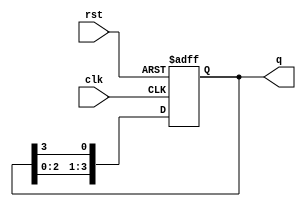
module RingCounter (
  input wire clk,
  input wire rst,
  output reg [3:0] q
);

always @(posedge clk or posedge rst) begin
  if (rst) begin
    q <= 4'b0001;
  end else begin
    q <= {q[2:0], q[3]};
  end
end

endmodule